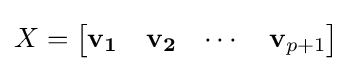
X={\begin{bmatrix}\mathbf {v_{1}} &\mathbf {v_{2}} &\cdots &\mathbf {v} _{p+1}\end{bmatrix}}